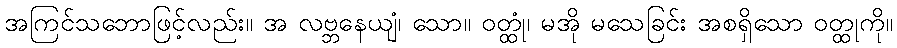
အကြင်သဘောဖြင့်လည်း။ အ လဗ္ဘနေယျံ၊ သော။ ဝတ္ထုံ၊ မအို မသေခြင်း အစရှိသော ဝတ္ထုကို။